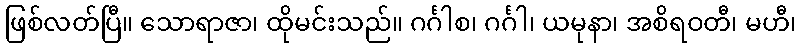
ဖြစ်လတ်ပြီ။ သောရာဇာ၊ ထိုမင်းသည်။ ဂင်္ဂါစ၊ ဂင်္ဂါ၊ ယမုနာ၊ အစိရဝတီ၊ မဟီ၊